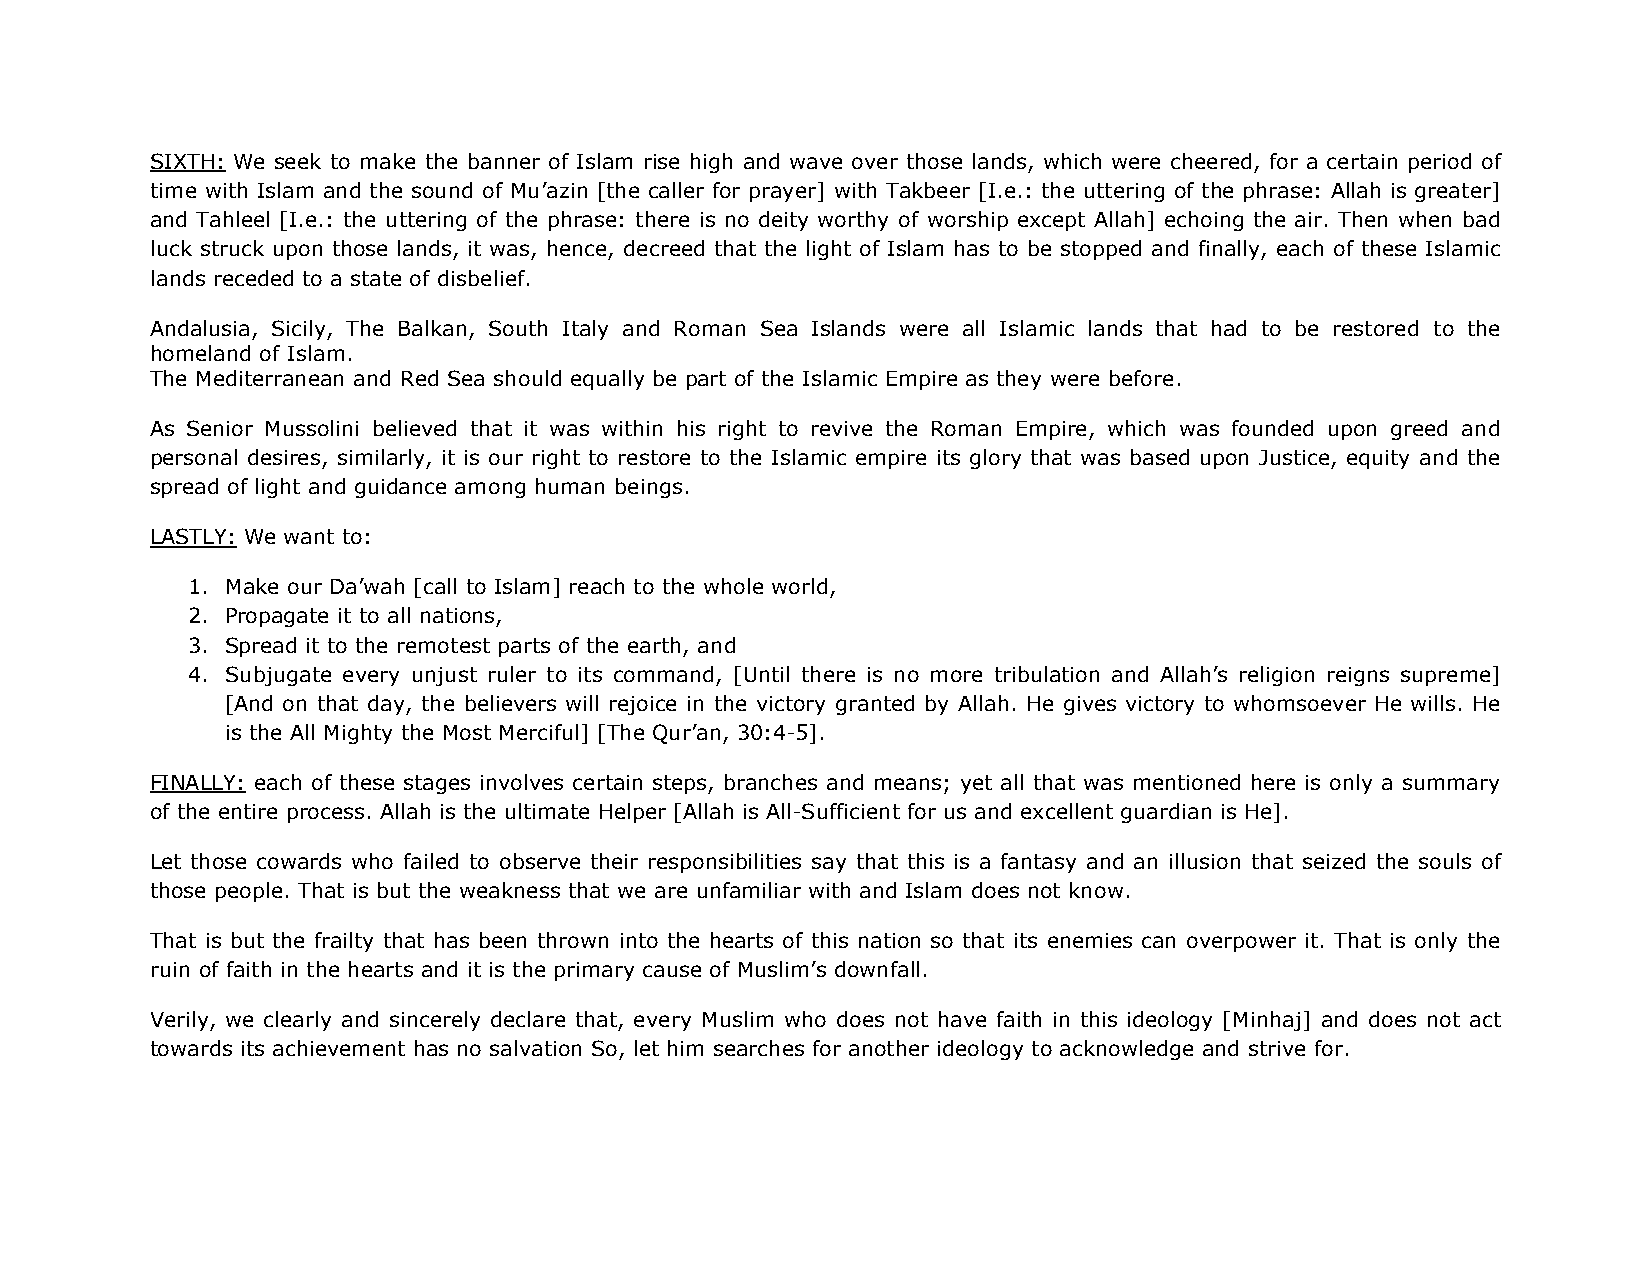
SIXTH: We seek to make the banner of Islam rise high and wave over those lands, which were cheered, for a certain period of
 time with Islam and the sound of Mu’azin [the caller for prayer] with Takbeer [I.e.: the uttering of the phrase: Allah is greater]
 and Tahleel [I.e.: the uttering of the phrase: there is no deity worthy of worship except Allah] echoing the air. Then when bad
 luck struck upon those lands, it was, hence, decreed that the light of Islam has to be stopped and finally, each of these Islamic
 lands receded to a state of disbelief.
 Andalusia, Sicily, The Balkan, South Italy and Roman Sea Islands were all Islamic lands that had to be restored to the
 homeland of Islam.
 The Mediterranean and Red Sea should equally be part of the Islamic Empire as they were before.
 As Senior Mussolini believed that it was within his right to revive the Roman Empire, which was founded upon greed and
 personal desires, similarly, it is our right to restore to the Islamic empire its glory that was based upon Justice, equity and the
 spread of light and guidance among human beings.
 LASTLY: We want to:
 1. Make our Da’wah [call to Islam] reach to the whole world,
 2. Propagate it to all nations,
 3. Spread it to the remotest parts of the earth, and
 4. Subjugate every unjust ruler to its command, [Until there is no more tribulation and Allah’s religion reigns supreme]
 [And on that day, the believers will rejoice in the victory granted by Allah. He gives victory to whomsoever He wills. He
 is the All Mighty the Most Merciful] [The Qur’an, 30:4-5].
 FINALLY: each of these stages involves certain steps, branches and means; yet all that was mentioned here is only a summary
 of the entire process. Allah is the ultimate Helper [Allah is All-Sufficient for us and excellent guardian is He].
 Let those cowards who failed to observe their responsibilities say that this is a fantasy and an illusion that seized the souls of
 those people. That is but the weakness that we are unfamiliar with and Islam does not know.
 That is but the frailty that has been thrown into the hearts of this nation so that its enemies can overpower it. That is only the
 ruin of faith in the hearts and it is the primary cause of Muslim’s downfall.
 Verily, we clearly and sincerely declare that, every Muslim who does not have faith in this ideology [Minhaj] and does not act
 towards its achievement has no salvation So, let him searches for another ideology to acknowledge and strive for.